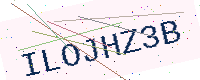
Text: ILOJHZ3B